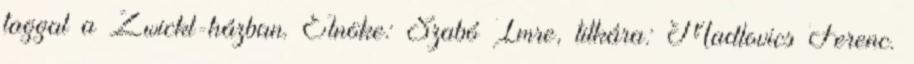
taggal a Zwickl-házban. Elnöke: Szabó Imre, titkára: Madlovics Ferenc.